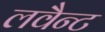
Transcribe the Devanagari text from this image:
लवैन्ट